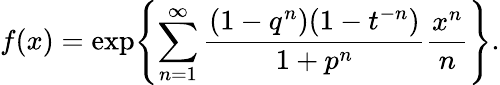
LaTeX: f(x)=\exp\Biggl\{ \sum_{n=1}^{\infty}{\frac{(1-q^{n})(1-t^{-n})}{1+p^{n}}}{\frac{x^{n}}{n}}\Biggr\} .